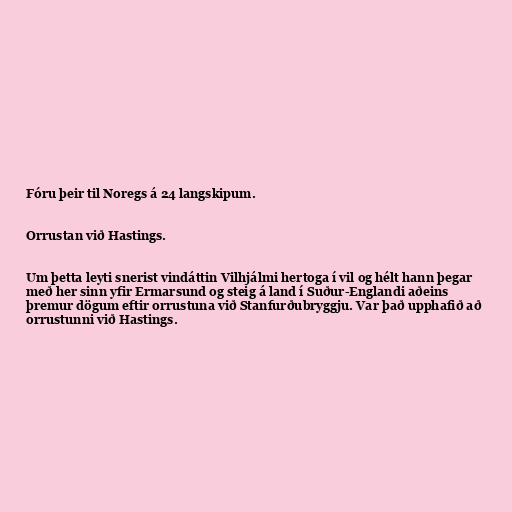
Fóru þeir til Noregs á 24 langskipum.

Orrustan við Hastings.

Um þetta leyti snerist vindáttin Vilhjálmi hertoga í vil og hélt hann þegar
með her sinn yfir Ermarsund og steig á land í Suður-Englandi aðeins
þremur dögum eftir orrustuna við Stanfurðubryggju. Var það upphafið að
orrustunni við Hastings.